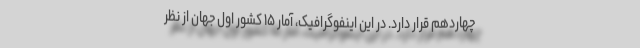
چهاردهم قرار دارد. در این اینفوگرافیک، آمار ۱۵ کشور اول جهان از نظر